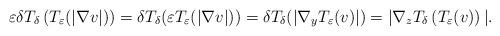
LaTeX: \begin{align*}\varepsilon\delta T_{\delta}\left( T_{\varepsilon}(|\nabla v|)\right)=\delta T_{\delta}(\varepsilon T_{\varepsilon}(|\nabla v|))=\delta T_{\delta}(|\nabla_{y}T_{\varepsilon}(v)|)=|\nabla_{z}T_{\delta}\left( T_{\varepsilon}(v)\right) |.\end{align*}